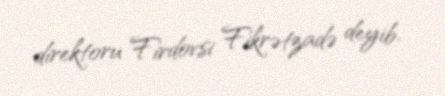
direktoru Firdovsi Fikrətzadə deyib.